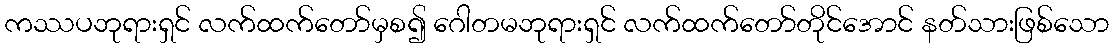
ကဿပဘုရားရှင် လက်ထက်တော်မှစ၍ ဂေါတမဘုရားရှင် လက်ထက်တော်တိုင်အောင် နတ်သားဖြစ်သော